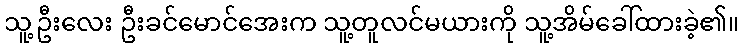
သူ့ဦးလေး ဦးခင်မောင်အေးက သူ့တူလင်မယားကို သူ့အိမ်ခေါ်ထားခဲ့၏။